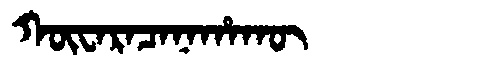
Manchu: ᡴᡡᠸᠠᡵᠠᠴᠠᠨᠠᡥᠠᡴᡡ
Romanization: KŪWARACANAHAKŪ